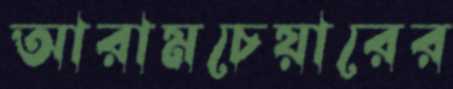
আরামচেয়ারের